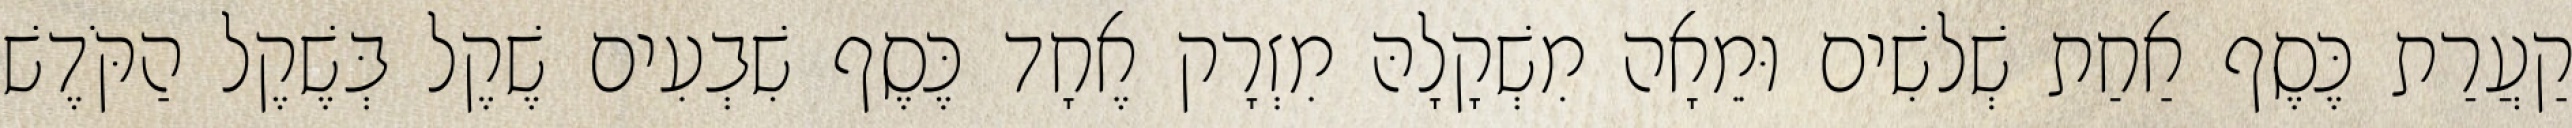
קַעֲרַת כֶּסֶף אַחַת שְׁלשִׁים וּמֵאָה מִשְׁקָלָהּ מִזְרָק אֶחָד כֶּסֶף שִׁבְעִים שֶׁקֶל בְּשֶׁקֶל הַקֹּדֶשׁ